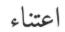
اعتناء